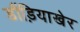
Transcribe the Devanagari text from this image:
डौंड़ियाखेर